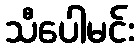
သီပေါမင်း